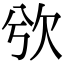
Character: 𣢍